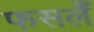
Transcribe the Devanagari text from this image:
फसलेँ